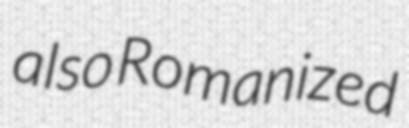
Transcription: also Romanized